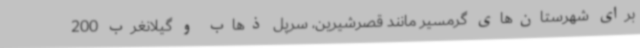
برای شهرستان‌های گرمسیر مانند قصرشیرین، سرپل ذهاب و گیلانغرب 200